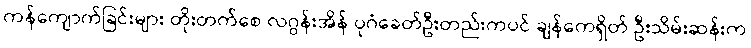
ကန်ကျောက်ခြင်းများ တိုးတက်စေ လဂွန်းအိန် ပုဂံခေတ်ဦးတည်းကပင် ချန်ကေရှိတ် ဦးသိမ်းဆန်းက